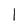
Character: 1